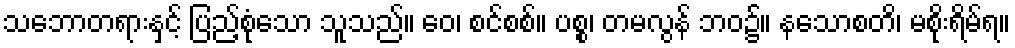
သဘောတရားနှင့် ပြည့်စုံသော သူသည်။ ဝေ၊ စင်စစ်။ ပစ္စ၊ တမလွန် ဘဝ၌။ နသောစတိ၊ မစိုးရိမ်ရ။